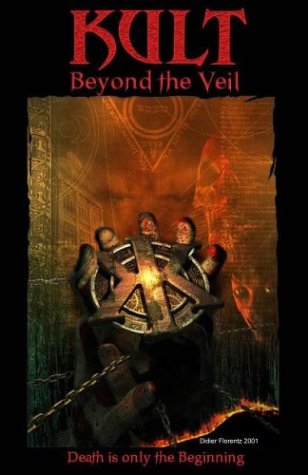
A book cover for Kult: Beyond the Veil (Kult Roleplaying Game); Nils Gullikson; Science Fiction & Fantasy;